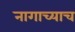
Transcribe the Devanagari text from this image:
नागाच्याच